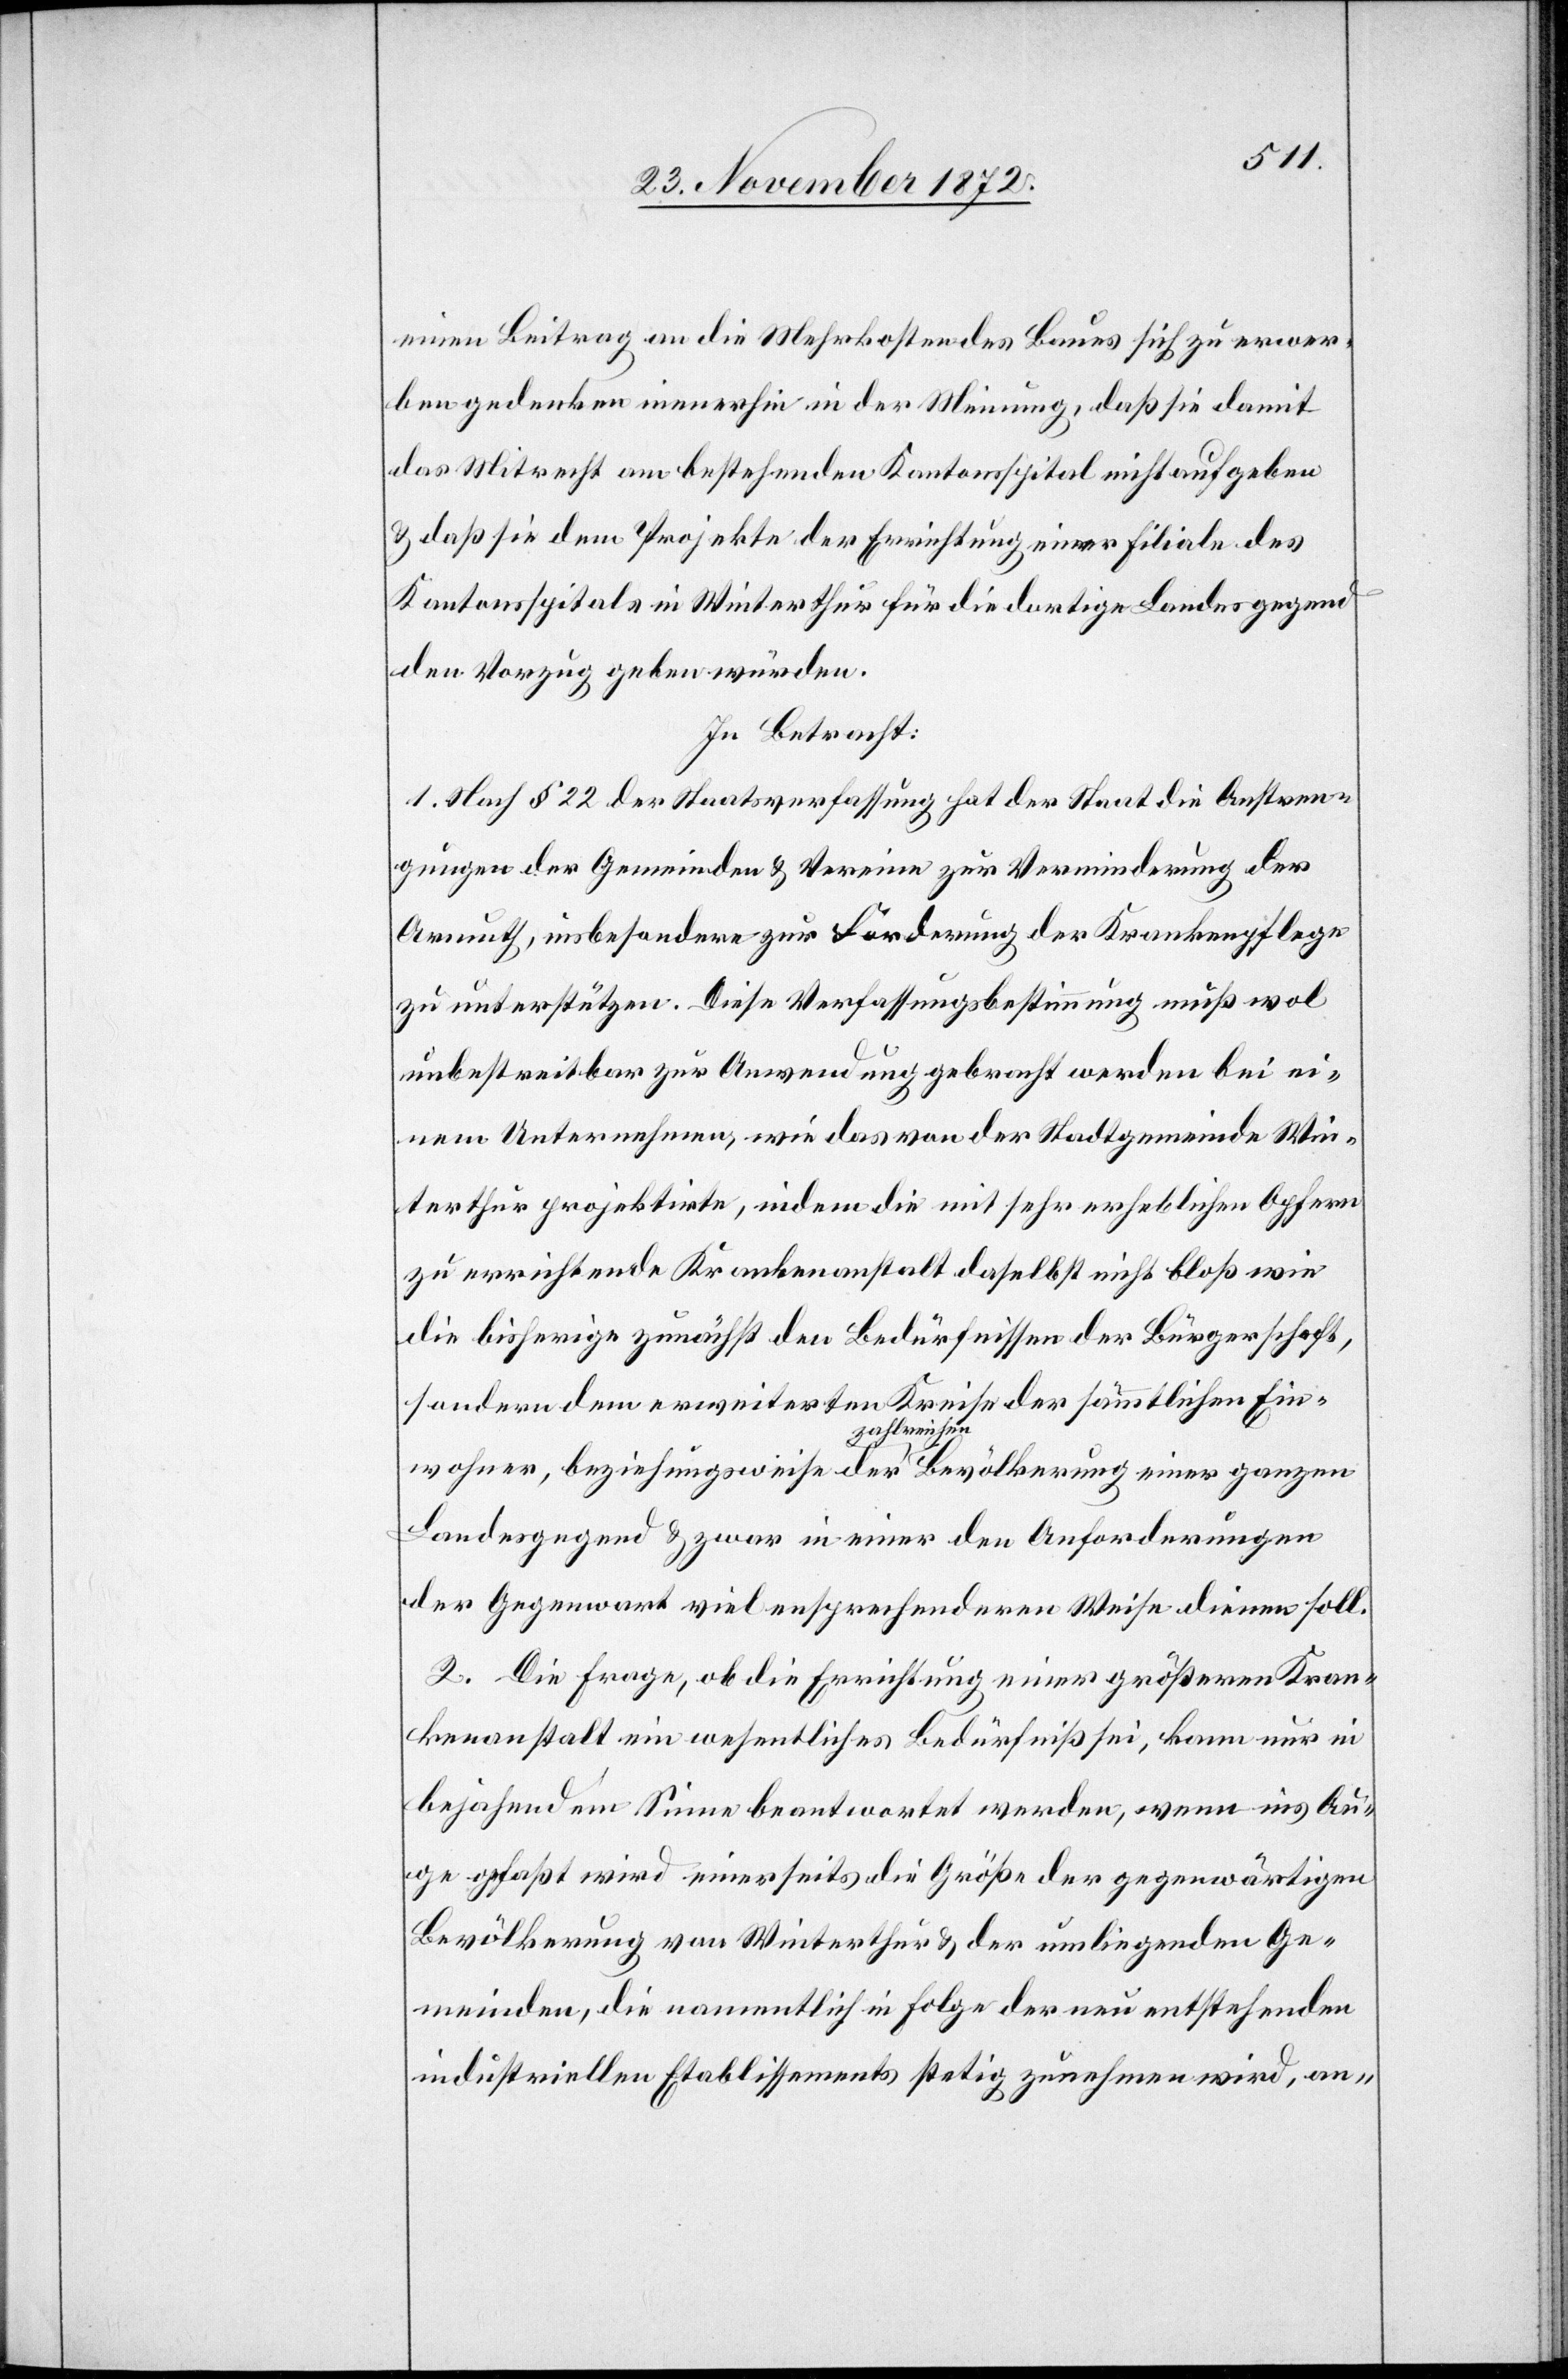
einen Beitrag an die Mehrkosten des Baues sich zu erwer¬
ben gedenken immerhin in der Meinung, daß sie damit
das Mitrecht am bestehenden Kantonsspital nicht aufgeben
& daß sie dem Projekte der Errichtung einer Filiale des
Kantonsspitals in Winterthur für die dortige Landesgegend
den Vorzug geben würden.
In Betracht:
1. Nach § 22 der Staatsverfassung hat der Staat die Anstren¬
gungen der Gemeinden & Vereine zur Verminderung der
Armuth, insbesondere zur Förderung der Krankenpflege
zu unterstützen. Diese Verfassungsbestimmung muß wol
unbestreitbar zur Anwendung gebracht werden bei ei¬
nem Unternehmen, wie das von der Stadtgemeinde Win¬
terthur projektirte, indem die mit sehr erheblichen Opfern
zu errichtende Krankenanstalt daselbst nicht bloß wie
die bisherige zunächst den Bedürfnissen der Bürgerschaft,
sondern dem erweiterten Kreise der sämmtlichen Ein¬
wohner, beziehungswese der zahlreichen Bevölkerung einer ganzen
Landesgegend & zwar in einer den Anforderungen
der Gegenwart viel entsprechenderen Weise dienen soll.
2. Die Frage, ob die Errichtung einer größeren Kran¬
kenanstalt ein wesentliches Bedürfniß sei, kann nur in
bejahenden Sinne beantwortet werden, wenn ins Au¬
ge gefaßt wird einerseits die Größe der gegenwärtigen
Bevölkerung von Winterthur & der umliegenden Ge¬
meinden, die namentlich in Folge der neu entstehenden
industriellen Etablissements stetig zunehmen wird, an-